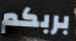
بربكم